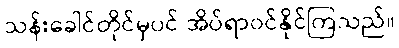
သန်းခေါင်တိုင်မှပင် အိပ်ရာဝင်နိုင်ကြသည်။